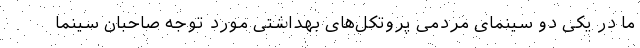
ما در یکی دو سینمای مردمی پروتکل‌های بهداشتی مورد توجه صاحبان سینما